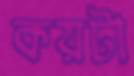
কয়টা